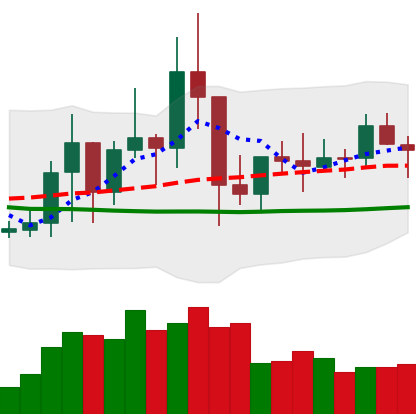
Ticker: TRX-USD
Chart end date: 2021-01-20
Forward return: -3.111%
Label: down_3_5